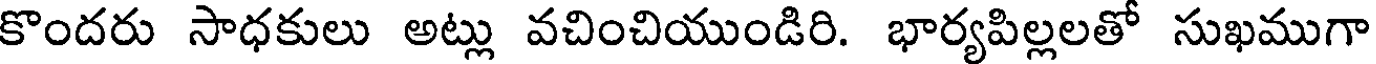
కొందరు సాధకులు అట్లు వచించియుండిరి. భార్యపిల్లలతో సుఖముగా